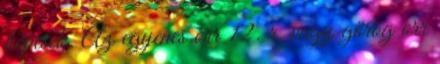
képesek. Az egyenes orr 12. r. vagy görög orr